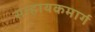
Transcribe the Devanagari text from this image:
साहायकमार्ग